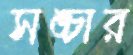
সঙ্চার